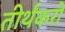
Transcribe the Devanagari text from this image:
तीर्थंकरो